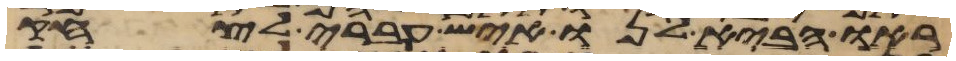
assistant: ראו הביא לנו איש עברי לצחק